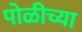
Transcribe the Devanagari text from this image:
पोळीच्या